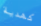
كهدية